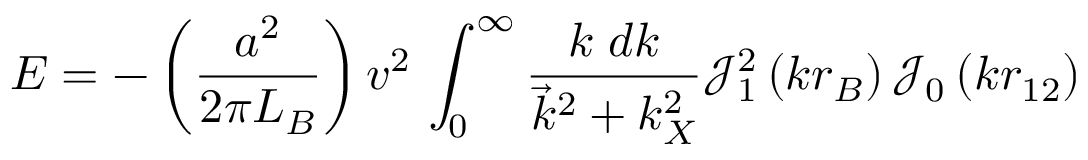
E = - \left( { \frac { a ^ { 2 } } { 2 \pi L _ { B } } } \right) v ^ { 2 } \, \int _ { 0 } ^ { \infty } { \frac { k \; d k } { { \vec { k } } ^ { 2 } + k _ { X } ^ { 2 } } } { \mathcal { J } } _ { 1 } ^ { 2 } \left( k r _ { B } \right) { \mathcal { J } } _ { 0 } \left( k r _ { 1 2 } \right)